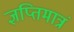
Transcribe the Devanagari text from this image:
ज्ञप्तिमात्रं